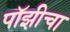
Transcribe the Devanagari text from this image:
पॉझीचा